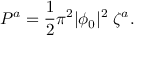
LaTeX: P ^ { a } = { \frac { 1 } { 2 } } \pi ^ { 2 } | \phi _ { 0 } | ^ { 2 } \; \zeta ^ { a } .